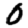
Digit: 0